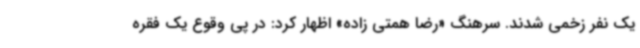
یک نفر زخمی شدند. سرهنگ «رضا همتی زاده» اظهار کرد: در پی وقوع یک فقره